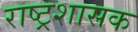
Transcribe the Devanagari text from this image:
राष्ट्रशासक